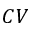
C V